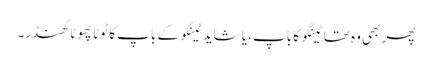
پھر بھی وہ تھا ٹینگو کا باپ، یا شاید ٹینگو کے باپ کا ٹوٹا پھوٹا کھنڈر۔